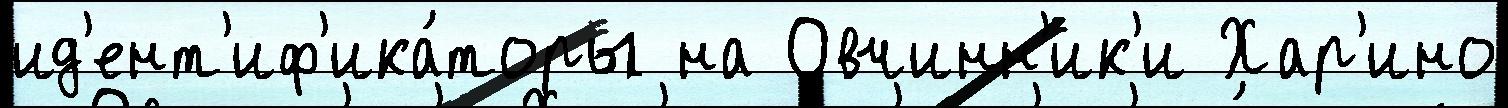
ид'ент'иф'ика́торы на Овчинн'ик'и Хар'ино